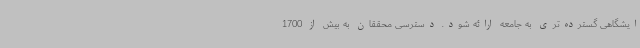
ایشگاهی گسترده‌تری به جامعه ارائه شود. دسترسی محققان به بیش از 1700